Civil Veterinary Dept. Bombay admin report 1923-31 - 1923-1931
Year: 1923
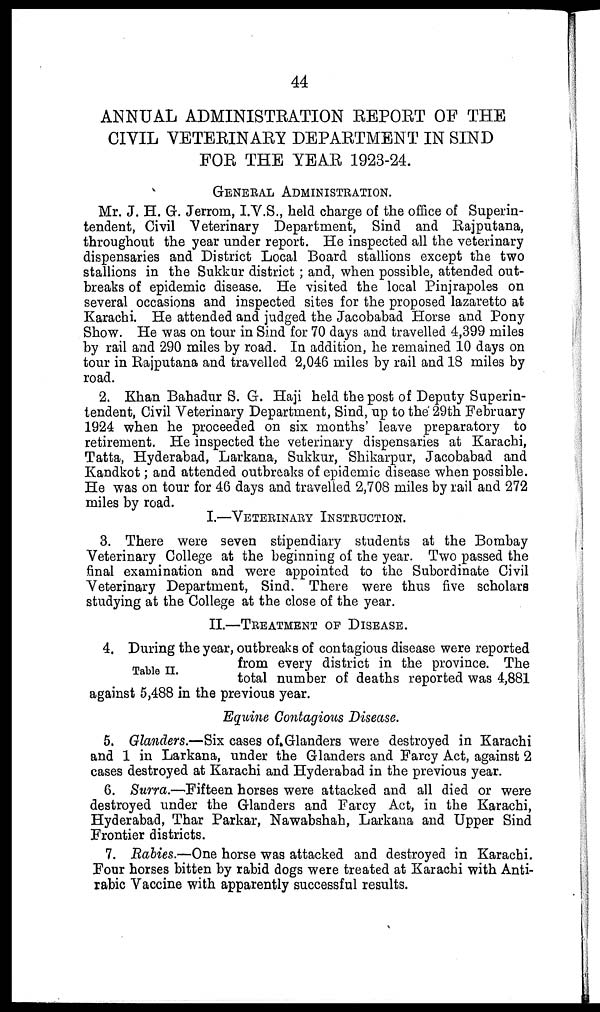
44
ANNUAL ADMINISTRATION REPORT OF THE
CIVIL VETERINARY DEPARTMENT IN SIND
FOR THE YEAR 1923-24.
GENERAL ADMINISTRATION.
Mr. J. H. G. Jerrom, I.V.S., held charge of the office of Superin-
tendent, Civil Veterinary Department, Sind and Rajputana,
throughout the year under report. He inspected all the veterinary
dispensaries and District Local Board stallions except the two
stallions in the Sukkur district ; and, when possible, attended out-
breaks of epidemic disease. He visited the local Pinjrapoles on
several occasions and inspected sites for the proposed lazaretto at
Karachi. He attended and judged the Jacobabad Horse and Pony
Show. He was on tour in Sind for 70 days and travelled 4,399 miles
by rail and 290 miles by road. In addition, he remained 10 days on
tour in Rajputana and travelled 2,046 miles by rail and 18 miles by
road.
2. Khan Bahadur S. G. Haji held the post of Deputy Superin-
tendent, Civil Veterinary Department, Sind, up to the 29th February
1924 when he proceeded on six months' leave preparatory to
retirement. He inspected the veterinary dispensaries at Karachi,
Tatta, Hyderabad, Larkana, Sukkur, Shikarpur, Jacobabad and
Kandkot; and attended outbreaks of epidemic disease when possible.
He was on tour for 46 days and travelled 2,708 miles by rail and 272
miles by road.
I.—VETERINARY INSTRUCTION.
3. There were seven stipendiary students at the Bombay
Veterinary College at the beginning of the year. Two passed the
final examination and were appointed to the Subordinate Civil
Veterinary Department, Sind. There were thus five scholars
studying at the College at the close of the year.
II.—TREATMENT OF DISEASE.
Table II.
4. During the year, outbreaks of contagious disease were reported
from every district in the province. The
total number of deaths reported was 4,881
against 5,488 in the previous year.
Equine Contagious Disease.
5. Glanders.—Six cases of Glanders were destroyed in Karachi
and 1 in Larkana, under the Glanders and Farcy Act, against 2
cases destroyed at Karachi and Hyderabad in the previous year.
6. Surra.—Fifteen horses were attacked and all died or were
destroyed under the Glanders and Farcy Act, in the Karachi,
Hyderabad, Thar Parkar, Nawabshah, Larkana and Upper Sind
Frontier districts.
7. Rabies.—One horse was attacked and destroyed in Karachi.
Four horses bitten by rabid dogs were treated at Karachi with Anti-
rabic Vaccine with apparently successful results.